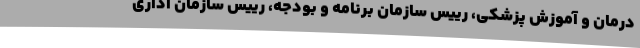
درمان و آموزش پزشکی، رییس سازمان برنامه و بودجه، رییس سازمان اداری